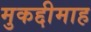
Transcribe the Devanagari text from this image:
मुकद्दीमाह